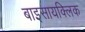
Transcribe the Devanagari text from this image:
बाइसायक्लिक